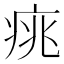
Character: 𤶃